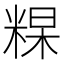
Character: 𥺰